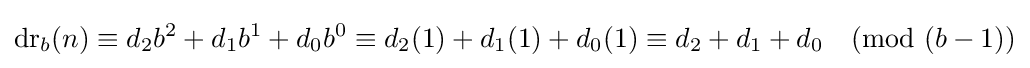
\operatorname {dr} _{b}(n)\equiv d_{2}b^{2}+d_{1}b^{1}+d_{0}b^{0}\equiv d_{2}(1)+d_{1}(1)+d_{0}(1)\equiv d_{2}+d_{1}+d_{0}{\pmod {(b-1)}}